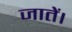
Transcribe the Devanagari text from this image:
जातें।